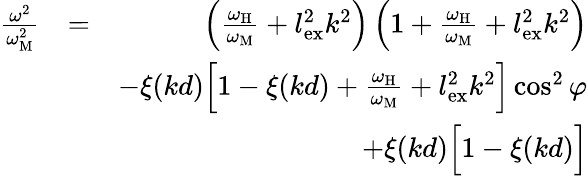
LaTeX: \begin{array}{rlr}{\frac{\omega^{2}}{\omega_{\mathrm{M}}^{2}}}&{=}&{\left(\frac{\omega_{\mathrm{H}}}{\omega_{\mathrm{M}}}+l_{\mathrm{ex}}^{2}k^{2}\right)\left(1+\frac{\omega_{\mathrm{H}}}{\omega_{\mathrm{M}}}+l_{\mathrm{ex}}^{2}k^{2}\right)}\\ &{}&{-\xi(kd)\Big[1-\xi(kd)+\frac{\omega_{\mathrm{H}}}{\omega_{\mathrm{M}}}+l_{\mathrm{ex}}^{2}k^{2}\Big]\cos^{2}{\varphi}}\\ &{}&{+\xi(kd)\Big[1-\xi(kd)\Big]}\end{array}